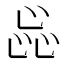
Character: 𬼫